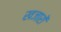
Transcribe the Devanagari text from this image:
खजारों